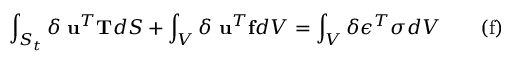
\int _ { S _ { t } } \delta \ \mathbf { u } ^ { T } \mathbf { T } d S + \int _ { V } \delta \ \mathbf { u } ^ { T } \mathbf { f } d V = \int _ { V } \delta { \boldsymbol { \epsilon } } ^ { T } { \boldsymbol { \sigma } } d V \qquad \mathrm { ( f ) }